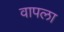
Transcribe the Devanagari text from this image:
वापला